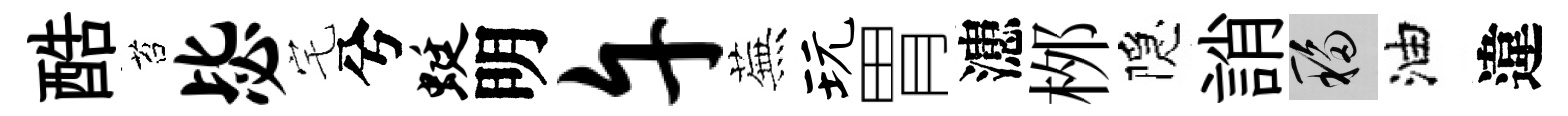
酷苔毖宅兮蜓明午蕪玩胃漶桞隠誚移油違